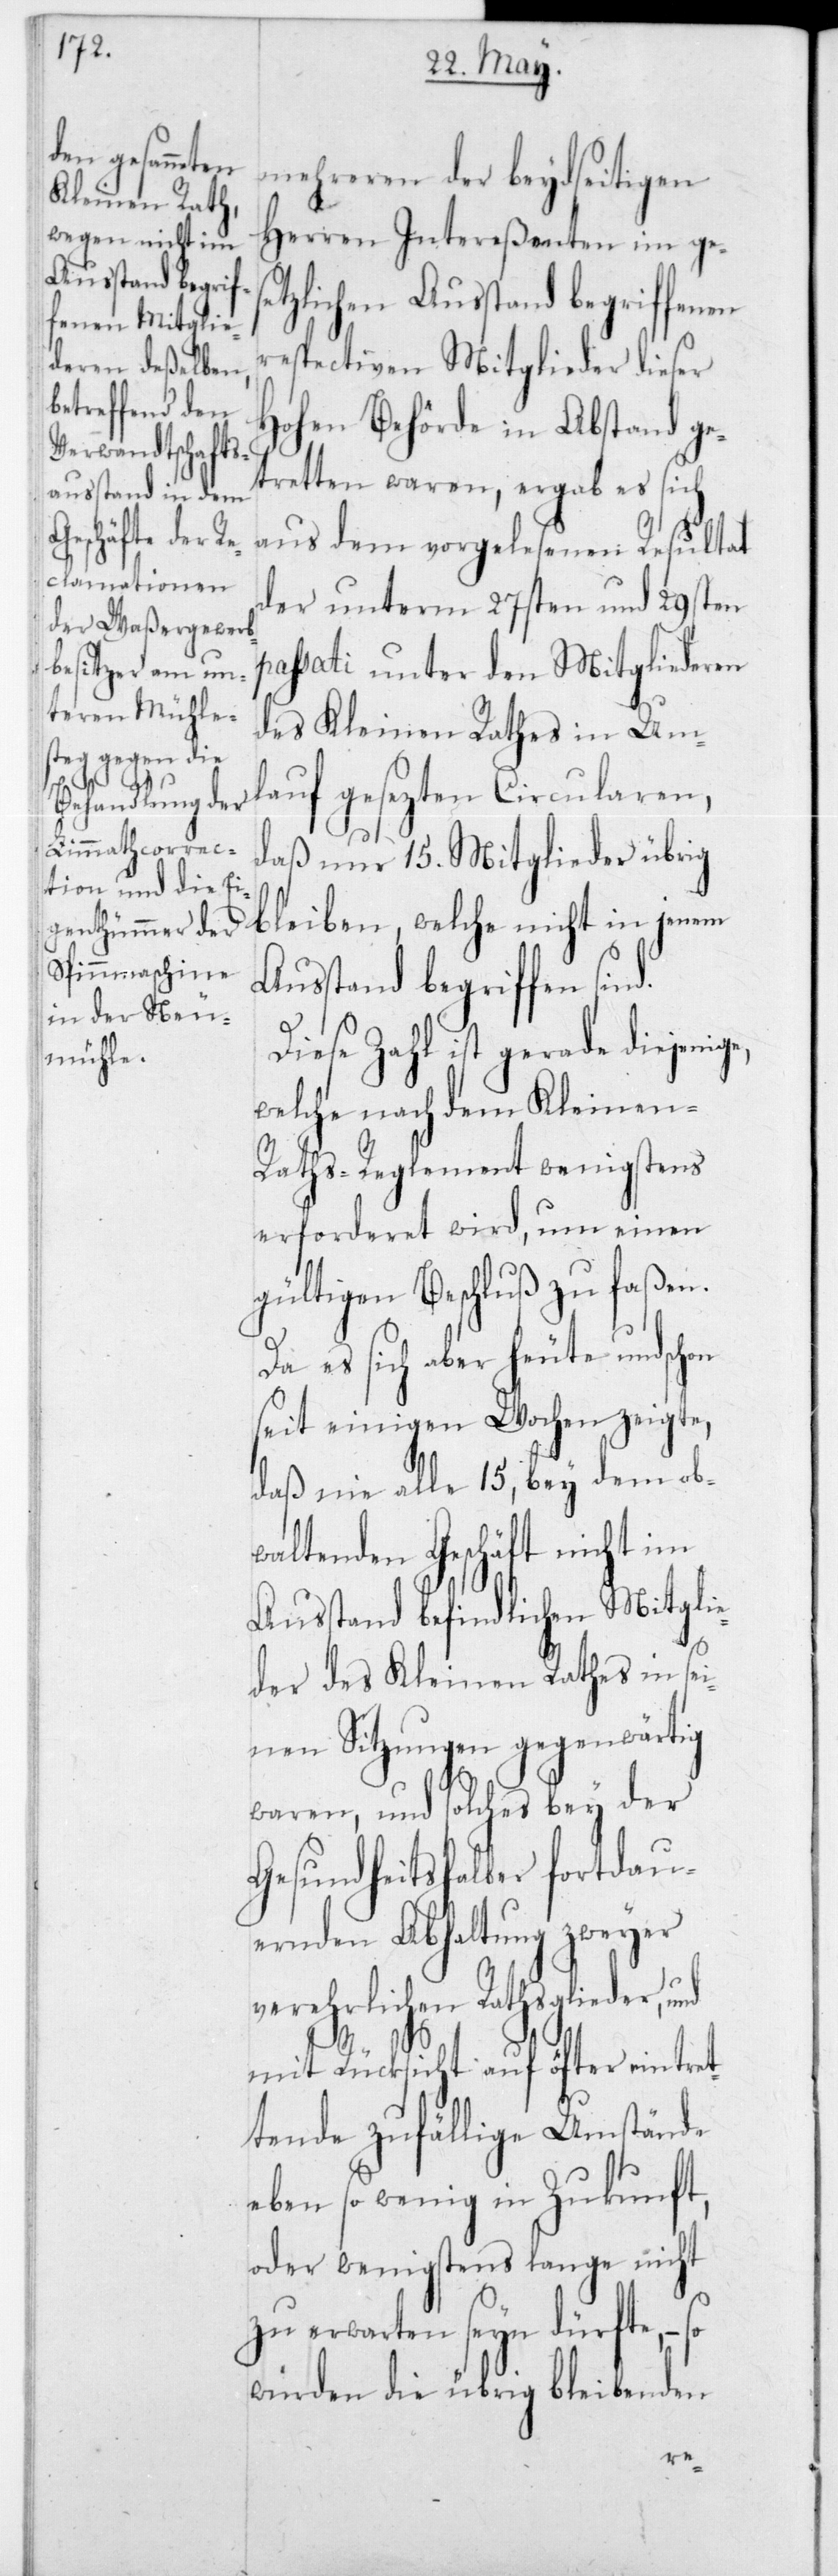
mehreren der beydseitigen
Herren Intereßenten im ges¬
etzlichen Ausstand begriffenen
respectiven Mitglieder dieser
Hohen Behörde in Abstand ge¬
tretten waren, ergab es sich
aus dem vorgelesenen Resultat
der unterm 27sten und 29sten
assati unter den Mitgliederen
des Kleinen Rathes in Um¬
lauf gesezten Circularen,
daß nur 15 Mitglieder übrig
bleiben, welche nicht in jenem
Ausstand begriffen sind.
Diese Zahl ist gerade diejenige,
welche nach dem Kleinen-R¬
aths-Reglement wenigstens
erforderet wird, um einen
gültigen Beschluß zu faßen.
Da es sich aber heute und
seit einigen Wochen zeigte,
daß nie alle 15, bey dem ob¬
waltenden Geschäft nicht im
Ausstand befindlichen Mitglie¬
der des Kleinen Rathes in sei¬
nen Sitzungen gegenwärtig
waren, und solches bey der
Gesundheitshalber fortdau¬
ernden Abhaltung zweyer
rehrlichen Rathsglieder,
mit Rücksicht auf öfter eint¬
tende zufällige Umstände
eben so wenig in Zukunft,
oder wenigstens lange nicht
zu erwarten seyn dürfte, –
würden die übrig bleibenden
ret¬